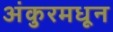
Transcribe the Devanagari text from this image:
अंकुरमधून